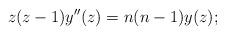
LaTeX: \begin{align*}z (z-1) y''(z) = n(n-1) y(z) ;\end{align*}